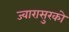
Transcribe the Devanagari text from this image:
ज्वारासुरकाे